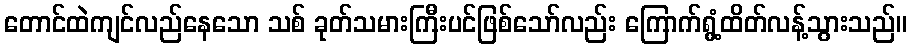
တောင်ထဲကျင်လည်နေသော သစ် ခုတ်သမားကြီးပင်ဖြစ်သော်လည်း ကြောက်ရွံ့ထိတ်လန့်သွားသည်။